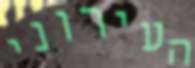
העירוני